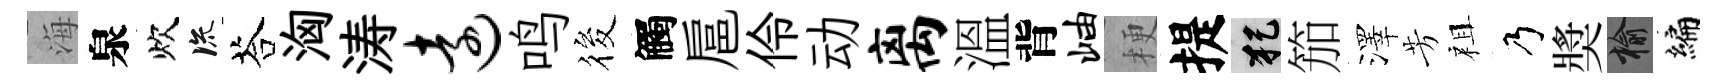
海泉炊流荅洶涛远鸣筱觸扈伶动离溫背岫梗提犯笳澤芳祖乃奬榆编